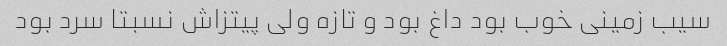
سیب زمینی خوب بود داغ بود و تازه ولی پیتزاش نسبتا سرد بود